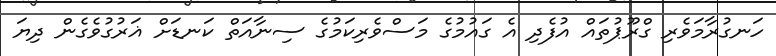
ހަނގުރާމަވެރި ގްރޫޕުތައް އުފެދި އެ ގައުމުގެ މަސްވެރިކަމުގެ ސިނާއަތް ކަނޑަށް ޣަރުގުވެގެން ދިޔަ